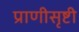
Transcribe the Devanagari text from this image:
प्राणीसृष्टी